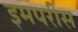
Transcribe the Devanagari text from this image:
इमपरीस